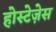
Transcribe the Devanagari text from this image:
होस्टेज़ेस